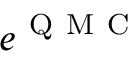
e ^ { \mathrm { ~ Q ~ M ~ C ~ } }